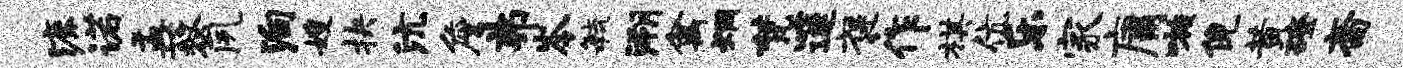
漉诺盂藜夙殉嫂抉沆詹弗岑敏溯禽炯梵邃褒作棋伉乐家庸嗾倪黄磴斋